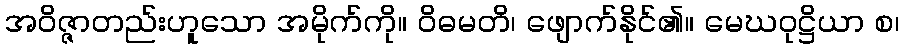
အဝိဇ္ဇာတည်းဟူသော အမိုက်ကို။ ဝိဓမတိ၊ ဖျောက်နိုင်၏။ မေဃဝုဋ္ဌိယာ စ၊